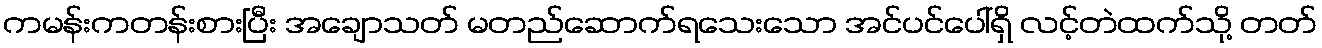
ကမန်းကတန်းစားပြီး အချောသတ် မတည်ဆောက်ရသေးသော အင်ပင်ပေါ်ရှိ လင့်တဲထက်သို့ တတ်